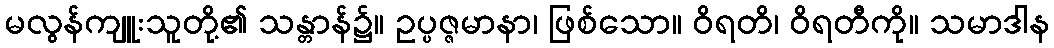
မလွန်ကျူးသူတို့၏ သန္တာန်၌။ ဥပ္ပဇ္ဇမာနာ၊ ဖြစ်သော။ ဝိရတိ၊ ဝိရတီကို။ သမာဒါန